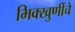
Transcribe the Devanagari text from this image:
भिक्खुणींचे